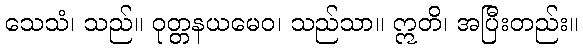
သေသံ၊ သည်။ ဝုတ္တနယမေဝ၊ သည်သာ။ ဣတိ၊ အပြီးတည်း။